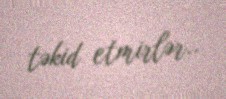
təkid etmirlər..